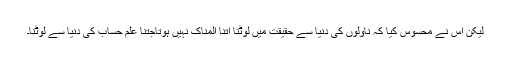
لیکن اس نے محسوس کیا کہ ناولوں کی دنیا سے حقیقت میں لوٹنا اتنا المناک نہیں ہوتاجتنا علمِ حساب کی دنیا سے لوٹنا۔